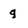
Character: g